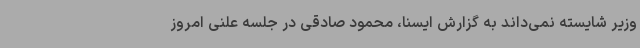
وزیر شایسته نمی‌داند به گزارش ایسنا، محمود صادقی در جلسه علنی امروز